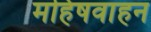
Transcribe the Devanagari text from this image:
महिषवाहन